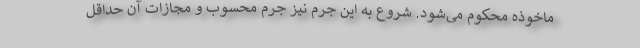
ماخوذه محکوم می‌شود. شروع به این جرم نیز جرم محسوب و مجازات آن حداقل